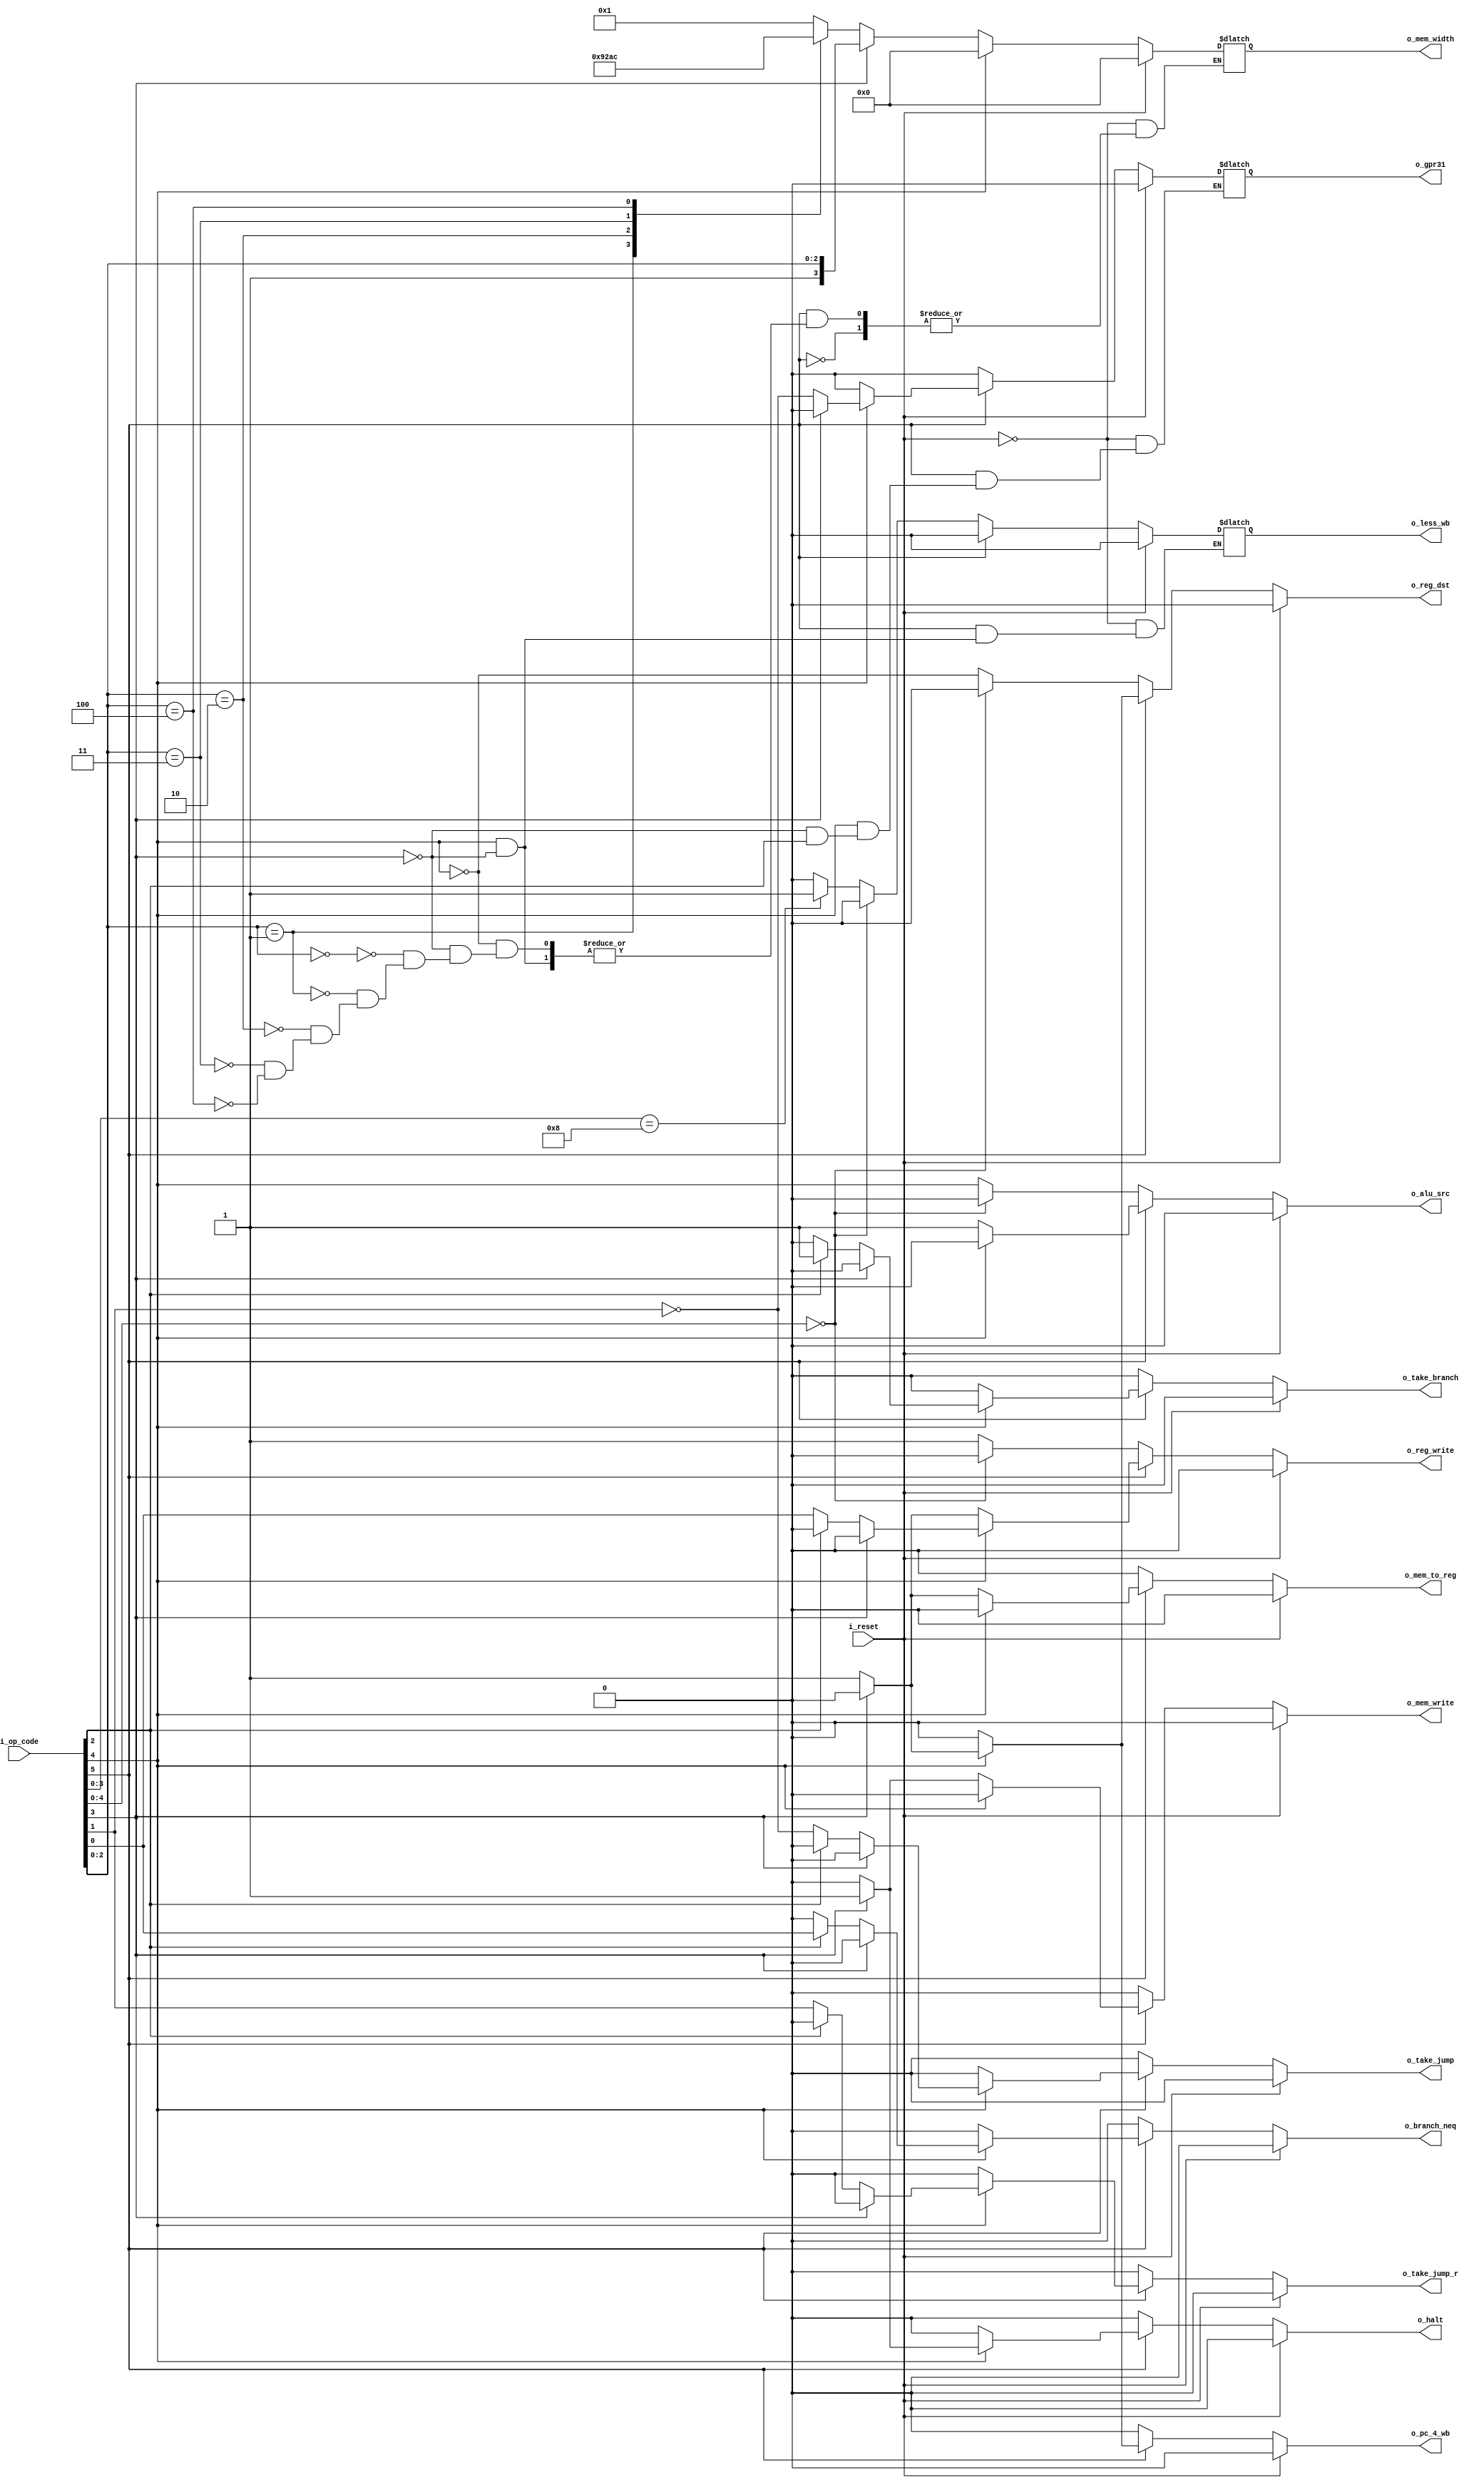
`timescale 1ns / 1ps
//////////////////////////////////////////////////////////////////////////////////
// Company: 
// Engineer: 
// 
// Design Name: 
// Module Name: UnidadDeControl_Signals
// Project Name: 
// Target Devices: 
// Tool Versions: 
// Description: 
// 
// Dependencies: 
// 
// Revision:
// Revision 0.01 - File Created
// Additional Comments:
// 
//////////////////////////////////////////////////////////////////////////////////


module UnidadDeControl_Signals(

    input wire i_reset,
    input wire [5:0] i_op_code,
    
    output reg o_reg_dst,
    output reg o_reg_write,
    output reg o_alu_src,
    output reg o_mem_write,
    output reg o_mem_to_reg,
    output reg o_pc_4_wb,
    output reg o_gpr31,
    output reg [3:0] o_mem_width,
    output reg o_less_wb,
    output reg o_take_jump,
    output reg o_take_jump_r,
    output reg o_take_branch,
    output reg o_branch_neq,
    output reg o_halt
    );
    
    
    always @(*) begin
    
        if(i_reset) begin               //En caso de reset pongo todas las salidas a 0
        
            o_reg_dst <= 1'b0;
            o_reg_write <= 1'b0;
            o_alu_src <= 1'b0;
            o_mem_write <= 1'b0;
            o_mem_to_reg <= 1'b0;
            o_pc_4_wb <= 1'b0;
            o_gpr31 <= 1'b0;
            o_mem_width <= 4'b0000;
            o_less_wb <= 1'b0;
            o_take_jump <= 1'b0;
            o_take_jump_r <= 1'b0;
            o_take_branch <= 1'b0;
            o_branch_neq <= 1'b0;
            o_halt <= 1'b0;
            
        end else begin
           
            
            if(!i_op_code[5]) begin                     // 0 = Operaciones tipo R e I(Inm)
            
                if(i_op_code[4:0] == 5'b00000) begin    // NOP
                
                    o_reg_dst <= 1'b0;
                    o_reg_write <= 1'b0;
                    o_alu_src <= 1'b0;
                    o_mem_write <= 1'b0;
                    o_mem_to_reg <= 1'b0;
                    o_pc_4_wb <= 1'b0;
                    o_gpr31 <= 1'b0;
                    //o_mem_width <= 4'bXXXX;
                    o_less_wb <= 1'b0;
                    o_take_jump <= 1'b0;
                    o_take_jump_r <= 1'b0;
                    o_take_branch <= 1'b0;
                    o_branch_neq <= 1'b0;
                    o_halt <= 1'b0;
                
                end else begin
                
                    o_reg_write <= 1'b1;
                    o_mem_write <= 1'b0;
                    o_mem_to_reg <= 1'b0;
                    o_pc_4_wb <= 1'b0;
                    o_gpr31 <= 1'b0;
                    //o_mem_width <= 4'bXXXX;
                    o_take_jump <= 1'b0;
                    o_take_jump_r <= 1'b0;
                    o_take_branch <= 1'b0;
                    o_branch_neq <= 1'b0;
                    o_halt <= 1'b0;
                    
                    o_reg_dst <= !i_op_code[4];
                    o_alu_src <= i_op_code[4];
                    
                    if(i_op_code[3:0] == 4'b1000) begin         // (0X) 1000 = Deteccion operacion SLT o SLTI
                    
                        o_less_wb <= 1'b1;
                    
                    end else begin
                    
                        o_less_wb <= 1'b0;
                    
                    end
                end
                
            end else begin                              // 1 = Operaciones tipo I(L-S), Jump y Branch
            
                if(!i_op_code[4]) begin                     // (1) 0 = Operaciones tipo I(L-S)
                
                    o_reg_dst <= 1'b0;
                    o_alu_src <= 1'b1;
                    o_pc_4_wb <= 1'b0;
                    o_gpr31 <= 1'b0;
                    o_less_wb <= 1'b0;
                    o_take_jump <= 1'b0;
                    o_take_jump_r <= 1'b0;
                    o_take_branch <= 1'b0;
                    o_branch_neq <= 1'b0;
                    o_halt <= 1'b0;
                    
                    if(!i_op_code[3]) begin                     // (10) 0 = Operaciones tipo I(L)
                    
                        o_reg_write <= 1'b1;
                        o_mem_write <= 1'b0;
                        o_mem_to_reg <= 1'b1;
                        
                        case(i_op_code[2:0])
                        
                            3'b000: begin
                                o_mem_width <= 4'b0001;
                            end
                            
                            3'b001: begin
                                o_mem_width <= 4'b1001;
                            end
                            
                            3'b010: begin
                                o_mem_width <= 4'b0010;
                            end
                            
                            3'b011: begin
                                o_mem_width <= 4'b1010;
                            end
                            
                            3'b100: begin
                                o_mem_width <= 4'b1100;
                            end
                            
                        endcase

                    end else begin                              // (10) 1 = Operaciones tipo I(S)
                    
                        o_reg_write <= 1'b0;
                        o_mem_write <= 1'b1;
                        o_mem_to_reg <= 1'b0;
                        o_mem_width <= i_op_code[3:0];
                    
                    end
                    
                end else begin                              // (1) 1 = Operaciones tipo Jump, Branch y HALT
                
                    if(!i_op_code[3]) begin                     // (11) 0 = Operaciones tipo Jump y Branch
                    
                        o_reg_dst <= 1'b1;
                        o_alu_src <= 1'b0;
                        o_mem_write <= 1'b0;
                        o_mem_to_reg <= 1'b0;
                        o_pc_4_wb <= 1'b1;
                        //o_mem_width <= 4'bXXXX;
                        //o_less_wb <= 1'bX;
                        o_halt <= 1'b0;
                        
                        if(!i_op_code[2]) begin                     // (110) 0 = Operaciones tipo Jump
                        
                            o_take_branch <= 1'b0;
                            o_branch_neq <= 1'b0;
                            
                            o_reg_write <= i_op_code[0];
                            o_gpr31 <= !i_op_code[1];
                            o_take_jump <= !i_op_code[1];
                            o_take_jump_r <= i_op_code[1];
                        
                        end else begin                              // (110) 1 = Operaciones tipo Branch

                            o_reg_write <= 1'b0;
                            //o_gpr31 <= 1'bX;
                            o_take_jump <= 1'b0;
                            o_take_jump_r <= 1'b0;
                            o_take_branch <= 1'b1;
                            
                            o_branch_neq <= i_op_code[0];
                        
                        end
                    
                    end else begin                                  // (111) HALT
                        
                        o_reg_dst <= 1'b0;
                        o_reg_write <= 1'b0;
                        o_alu_src <= 1'b0;
                        o_mem_write <= 1'b0;
                        o_mem_to_reg <= 1'b0;
                        o_pc_4_wb <= 1'b0;
                        o_gpr31 <= 1'b0;
                        o_mem_width <= 4'b0000;
                        o_less_wb <= 1'b0;
                        o_take_jump <= 1'b0;
                        o_take_jump_r <= 1'b0;
                        o_take_branch <= 1'b0;
                        o_branch_neq <= 1'b0;
                        o_halt <= 1'b1;
                        
                    end
                
                end
                
            end
            
        end
           
    end 
        
    
    
endmodule